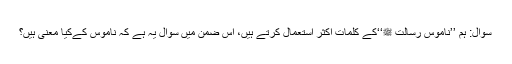
سوال: ہم ’’ناموسِ رسالت ﷺ‘‘کے کلمات اکثر استعمال کرتے ہیں، اس ضمن میں سوال یہ ہے کہ ناموس کےکیا معنیٰ ہیں؟